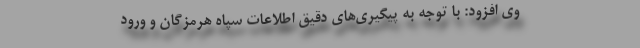
وی افزود: با توجه به پیگیری‌های دقیق اطلاعات سپاه هرمزگان و ورود